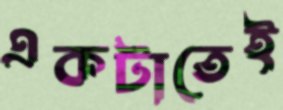
একটাতেই